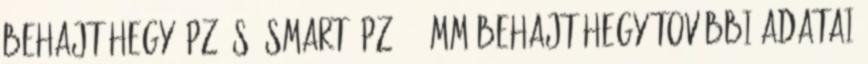
behajtóhegy, PZ, S2 SMART; PZ 3×25mm Behajtóhegy további adatai